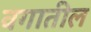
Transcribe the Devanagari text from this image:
वगातील